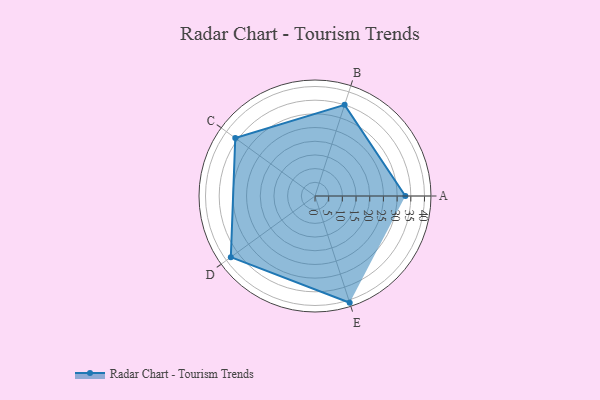
{"axis": {"x": "Skill", "y": "Score"}, "legend": ["Profile"], "data": [{"x": "A", "y": 33.0, "type": "Profile"}, {"x": "B", "y": 35.0, "type": "Profile"}, {"x": "C", "y": 36.0, "type": "Profile"}, {"x": "D", "y": 38.0, "type": "Profile"}, {"x": "E", "y": 41.0, "type": "Profile"}]}